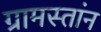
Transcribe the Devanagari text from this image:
ग्रामस्तांन